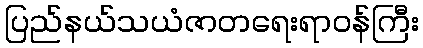
ပြည်နယ်သယံဇာတရေးရာဝန်ကြီး